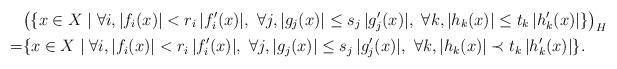
LaTeX: \begin{align*}&\bigl(\{x\in X \mid \forall i, |f_{i}(x)|< r_{i}\,|f'_{i}(x)|,\ \forall j, |g_{j}(x)|\le s_{j}\,|g'_{j}(x)|,\ \forall k, |h_{k}(x)|\le t_{k}\,|h'_{k}(x)|\}\bigr)_{H}\\ =& \{x\in X \mid \forall i, |f_{i}(x)|< r_{i}\,|f'_{i}(x)|,\ \forall j, |g_{j}(x)|\le s_{j}\,|g'_{j}(x)|,\ \forall k, |h_{k}(x)|\prec t_{k}\,|h'_{k}(x)|\}.\end{align*}